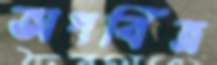
অপবিত্র